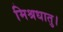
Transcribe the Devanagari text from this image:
मिश्रधातु।